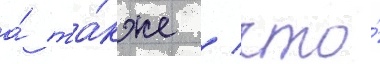
а́ та́кже / что́